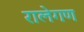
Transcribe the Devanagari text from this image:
रालेगण